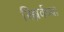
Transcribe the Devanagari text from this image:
रिझर्वच्या